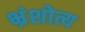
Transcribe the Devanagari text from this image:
भ्रंशोत्य